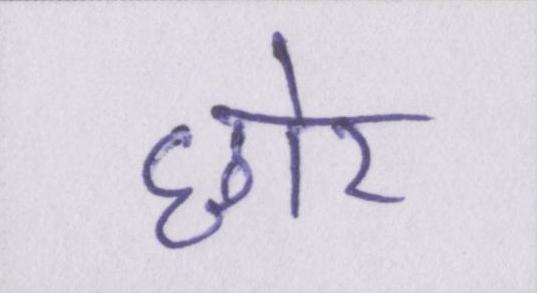
छोर